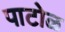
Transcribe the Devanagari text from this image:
पाटोळ